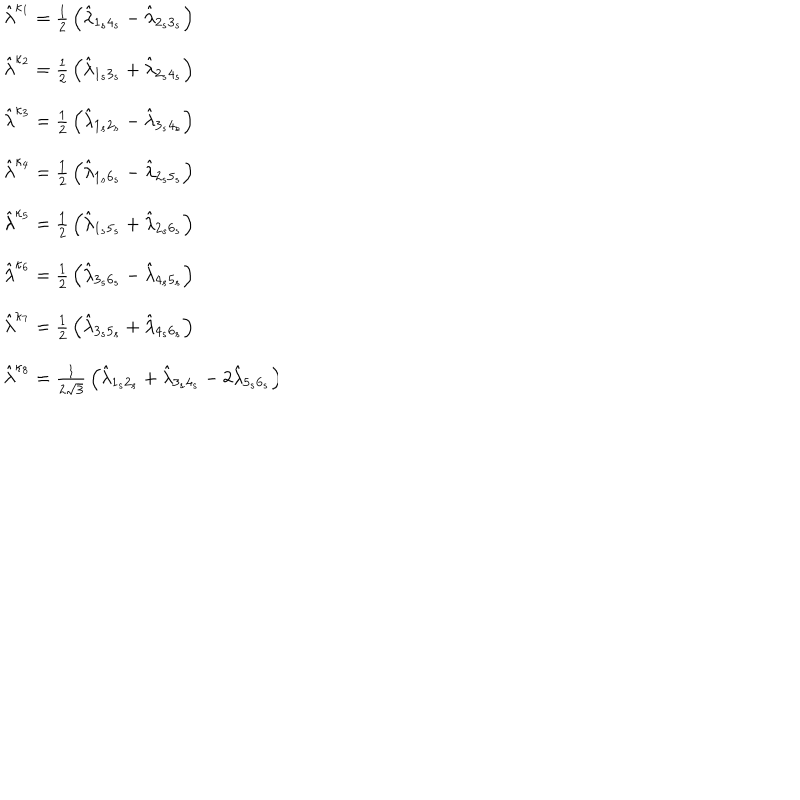
\begin{array} { l } { { \hat { \lambda } ^ { \kappa _ { 1 } } = { \frac { 1 } { 2 } } \left( \hat { \lambda } _ { 1 _ { s } 4 _ { s } } - \hat { \lambda } _ { 2 _ { s } 3 _ { s } } \right) } } \\ { { \hat { \lambda } ^ { \kappa _ { 2 } } = { \frac { 1 } { 2 } } \left( \hat { \lambda } _ { 1 _ { s } 3 _ { s } } + \hat { \lambda } _ { 2 _ { s } 4 _ { s } } \right) } } \\ { { \hat { \lambda } ^ { \kappa _ { 3 } } = { \frac { 1 } { 2 } } \left( \hat { \lambda } _ { 1 _ { s } 2 _ { s } } - \hat { \lambda } _ { 3 _ { s } 4 _ { s } } \right) } } \\ { { \hat { \lambda } ^ { \kappa _ { 4 } } = { \frac { 1 } { 2 } } \left( \hat { \lambda } _ { 1 _ { s } 6 _ { s } } - \hat { \lambda } _ { 2 _ { s } 5 _ { s } } \right) } } \\ { { \hat { \lambda } ^ { \kappa _ { 5 } } = { \frac { 1 } { 2 } } \left( \hat { \lambda } _ { 1 _ { s } 5 _ { s } } + \hat { \lambda } _ { 2 _ { s } 6 _ { s } } \right) } } \\ { { \hat { \lambda } ^ { \kappa _ { 6 } } = { \frac { 1 } { 2 } } \left( \hat { \lambda } _ { 3 _ { s } 6 _ { s } } - \hat { \lambda } _ { 4 _ { s } 5 _ { s } } \right) } } \\ { { \hat { \lambda } ^ { \kappa _ { 7 } } = { \frac { 1 } { 2 } } \left( \hat { \lambda } _ { 3 _ { s } 5 _ { s } } + \hat { \lambda } _ { 4 _ { s } 6 _ { s } } \right) } } \\ { { \hat { \lambda } ^ { \kappa _ { 8 } } = { \frac { 1 } { 2 \sqrt { 3 } } } \left( \hat { \lambda } _ { 1 _ { s } 2 _ { s } } + \hat { \lambda } _ { 3 _ { s } 4 _ { s } } - 2 \hat { \lambda } _ { 5 _ { s } 6 _ { s } } \right) } } \\ \end{array} \hspace { 4 . 3 c m }